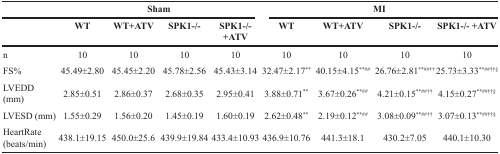
<table><thead><tr><td rowspan="2"></td><td colspan="4"><b>Sham</b></td><td colspan="4"><b>MI</b></td></tr><tr><td><b>WT</b></td><td><b>WT+ATV</b></td><td><b>SPK1−/−</b></td><td><b>SPK1−/− +ATV</b></td><td><b>WT</b></td><td><b>WT+ATV</b></td><td><b>SPK1−/−</b></td><td><b>SPK1−/− +ATV</b></td></tr></thead><tbody><tr><td>n</td><td>10</td><td>10</td><td>10</td><td>10</td><td>10</td><td>10</td><td>10</td><td>10</td></tr><tr><td>FS%</td><td>45.49±2.80</td><td>45.45±2.20</td><td>45.78±2.56</td><td>45.43±3.14</td><td>32.47±2.17<sup>**</sup></td><td>40.15±4.15<sup>**##</sup></td><td>26.76±2.81<sup>**##††</sup></td><td>25.73±3.33<sup>**##††§</sup></td></tr><tr><td>LVEDD (mm)</td><td>2.85±0.51</td><td>2.86±0.37</td><td>2.68±0.35</td><td>2.95±0.41</td><td>3.88±0.71<sup>**</sup></td><td>3.67±0.26<sup>**##</sup></td><td>4.21±0.15<sup>**##††</sup></td><td>4.15±0.27<sup>**##††§</sup></td></tr><tr><td>LVESD (mm)</td><td>1.55±0.29</td><td>1.56±0.20</td><td>1.45±0.19</td><td>1.60±0.19</td><td>2.62±0.48<sup>**</sup></td><td>2.19±0.12<sup>**##</sup></td><td>3.08±0.09<sup>**##††</sup></td><td>3.07±0.13<sup>**##††§</sup></td></tr><tr><td>HeartRate (beats/min)</td><td>438.1±19.15</td><td>450.0±25.6</td><td>439.9±19.84</td><td>433.4±10.93</td><td>436.9±10.76</td><td>441.3±18.1</td><td>430.2±7.05</td><td>440.1±10.30</td></tr></tbody></table>